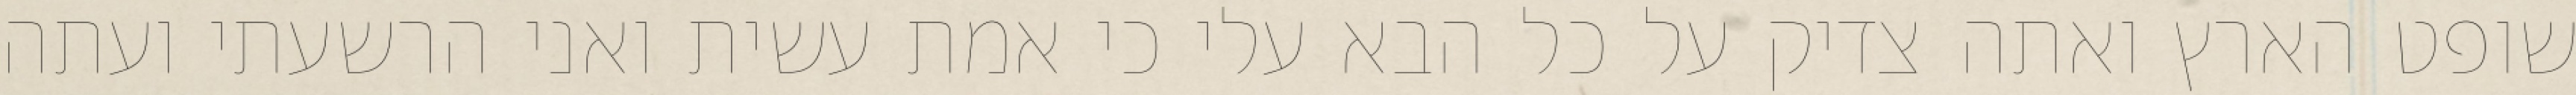
שופט הארץ ואתה צדיק על כל הבא עלי כי אמת עשית ואני הרשעתי ועתה